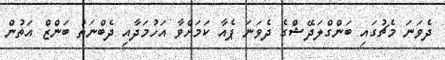
ދެވަނަ މެޗުގައި ބަންގްލަދޭޝްގެ ދެވަނަ ޕެއާ ކަމަށްވާ އަހުމަދާއި ދެބްނަތު ބަންޒް އަތުން